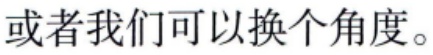
或者我们可以换个角度。